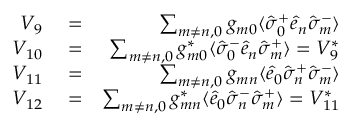
\begin{array} { r l r } { V _ { 9 } } & { { } = } & { \sum _ { m \neq n , 0 } g _ { m 0 } \langle \hat { \sigma } _ { 0 } ^ { + } \hat { e } _ { n } \hat { \sigma } _ { m } ^ { - } \rangle } \\ { V _ { 1 0 } } & { { } = } & { \sum _ { m \neq n , 0 } g _ { m 0 } ^ { * } \langle \hat { \sigma } _ { 0 } ^ { - } \hat { e } _ { n } \hat { \sigma } _ { m } ^ { + } \rangle = V _ { 9 } ^ { * } } \\ { V _ { 1 1 } } & { { } = } & { \sum _ { m \neq n , 0 } g _ { m n } \langle \hat { e } _ { 0 } \hat { \sigma } _ { n } ^ { + } \hat { \sigma } _ { m } ^ { - } \rangle } \\ { V _ { 1 2 } } & { { } = } & { \sum _ { m \neq n , 0 } g _ { m n } ^ { * } \langle \hat { e } _ { 0 } \hat { \sigma } _ { n } ^ { - } \hat { \sigma } _ { m } ^ { + } \rangle = V _ { 1 1 } ^ { * } } \end{array}